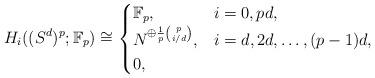
LaTeX: \begin{align*} H_{i}((S^{d})^p;\mathbb{F}_p)\cong\begin{cases}\mathbb{F}_p, & i=0,pd,\\N^{\oplus \frac{1}{p}{p\choose i/d}}, & i=d,2d,\ldots, (p-1)d,\\0,& \end{cases}\end{align*}